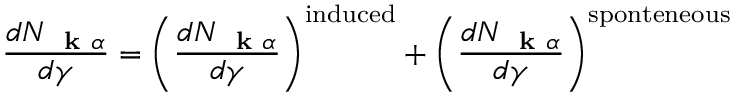
\frac { d N _ { \mathrm { ~ \bf ~ k ~ } \alpha } } { d \gamma } = \left( \frac { d N _ { \mathrm { ~ \bf ~ k ~ } \alpha } } { d \gamma } \right) ^ { \mathrm { i n d u c e d } } + \left( \frac { d N _ { \mathrm { ~ \bf ~ k ~ } \alpha } } { d \gamma } \right) ^ { \mathrm { s p o n t e n e o u s } }